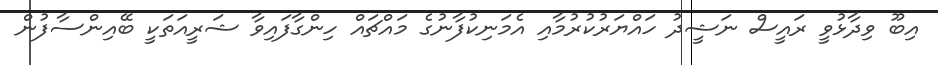
އިބޫ ވިދާޅުވީ ރައީސް ނަޝީދު ހައްޔަރުކުރުމާއި އެމަނިކުފާނުގެ މައްޗައް ހިންގާފައިވާ ޝަރީއަތަކީ ބޭއިންސާފުން